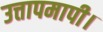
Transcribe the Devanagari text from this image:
उत्तापमापी।